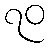
၇၀